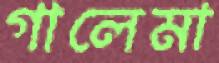
গালেমা